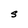
Character: S